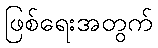
ဖြစ်ရေးအတွက်